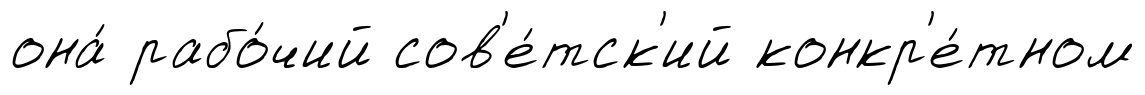
она́ рабо́чий сов'е́тск'ий конкр'е́тном